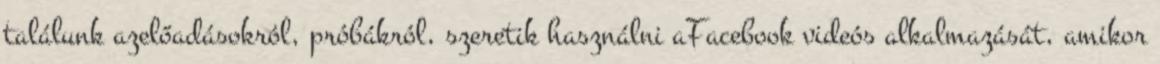
találunk azelőadásokról, próbákról, szeretik használni aFacebook videós alkalmazását, amikor